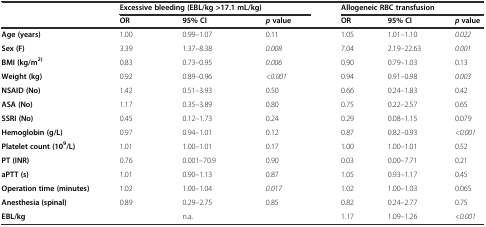
<table><thead><tr><td></td><td colspan="3"><b>Excessive bleeding (EBL/kg &gt;17.1 mL/kg)</b></td><td colspan="3"><b>Allogeneic RBC transfusion</b></td></tr><tr><td></td><td><b>OR</b></td><td><b>95% CI</b></td><td><b><i>p</i>value</b></td><td><b>OR</b></td><td><b>95% CI</b></td><td><b><i>p</i>value</b></td></tr></thead><tbody><tr><td><b>Age</b><b> (years)</b></td><td>1.00</td><td>0.99–1.07</td><td>0.11</td><td>1.05</td><td>1.01–1.10</td><td><i>0.022</i></td></tr><tr><td><b>Sex</b><b> (F)</b></td><td>3.39</td><td>1.37–8.38</td><td><i>0.008</i></td><td>7.04</td><td>2.19–22.63</td><td><i>0.001</i></td></tr><tr><td><b>BMI</b><b> (kg/</b><b>m</b><sup><b>2)</b></sup></td><td>0.83</td><td>0.73–0.95</td><td><i>0.006</i></td><td>0.90</td><td>0.79–1.03</td><td>0.13</td></tr><tr><td><b>Weight</b><b> (kg)</b></td><td>0.92</td><td>0.89–0.96</td><td><i>&lt;0.001</i></td><td>0.94</td><td>0.91–0.98</td><td><i>0.003</i></td></tr><tr><td><b>NSAID</b><b> (No)</b></td><td>1.42</td><td>0.51–3.93</td><td>0.50</td><td>0.66</td><td>0.24–1.83</td><td>0.42</td></tr><tr><td><b>ASA</b><b> (No)</b></td><td>1.17</td><td>0.35–3.89</td><td>0.80</td><td>0.75</td><td>0.22–2.57</td><td>0.65</td></tr><tr><td><b>SSRI</b><b> (No)</b></td><td>0.45</td><td>0.12–1.73</td><td>0.24</td><td>0.29</td><td>0.08–1.15</td><td>0.079</td></tr><tr><td><b>Hemoglobin</b><b> (g/</b><b>L)</b></td><td>0.97</td><td>0.94–1.01</td><td>0.12</td><td>0.87</td><td>0.82–0.93</td><td><i>&lt;0.001</i></td></tr><tr><td><b>Platelet count</b><b> (10</b><sup><b>9</b></sup><b>/L)</b></td><td>1.01</td><td>1.00–1.01</td><td>0.17</td><td>1.00</td><td>1.00–1.01</td><td>0.52</td></tr><tr><td><b>PT</b><b> (INR)</b></td><td>0.76</td><td>0.001–70.9</td><td>0.90</td><td>0.03</td><td>0.00–7.71</td><td>0.21</td></tr><tr><td><b>aPTT</b><b> (s)</b></td><td>1.01</td><td>0.90–1.13</td><td>0.87</td><td>1.05</td><td>0.93–1.17</td><td>0.45</td></tr><tr><td><b>Operation time</b><b> (minutes)</b></td><td>1.02</td><td>1.00–1.04</td><td><i>0.017</i></td><td>1.02</td><td>1.00–1.03</td><td>0.065</td></tr><tr><td><b>Anesthesia</b><b> (spinal)</b></td><td>0.89</td><td>0.29–2.75</td><td>0.85</td><td>0.82</td><td>0.24–2.77</td><td>0.75</td></tr><tr><td><b>EBL/</b><b>kg</b></td><td></td><td>n.a.</td><td></td><td>1.17</td><td>1.09–1.26</td><td><i>&lt;0.001</i></td></tr></tbody></table>